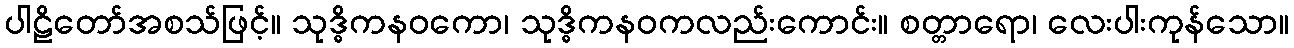
ပါဠိတော်အစသ်ဖြင့်။ သုဒ္ဓိကနဝကော၊ သုဒ္ဓိကနဝကလည်းကောင်း။ စတ္တာရော၊ လေးပါးကုန်သော။